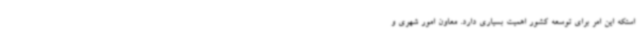
استکه این امر برای توسعه کشور اهمیت بسیاری دارد. معاون امور شهری و